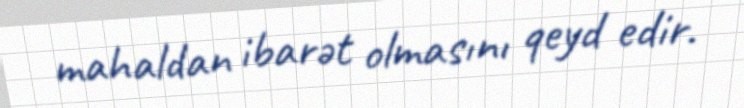
mahaldan ibarət olmasını qeyd edir.